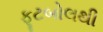
ફૂટબોલથી